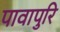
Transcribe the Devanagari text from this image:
पावापुरि